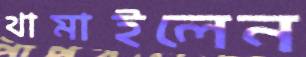
থামাইলেন